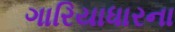
ગારિયાધારના